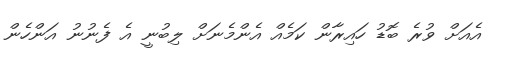
އެއަށް ވުރެ ބޮޑު ހައިރާން ކަމެއް އެންމެނަށް ލިބުނީ އެ ފެނުނު އަންހެން